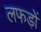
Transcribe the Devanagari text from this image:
लफड़ों